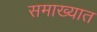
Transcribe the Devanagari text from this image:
समाख्यात